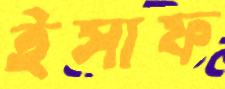
ইসাফ